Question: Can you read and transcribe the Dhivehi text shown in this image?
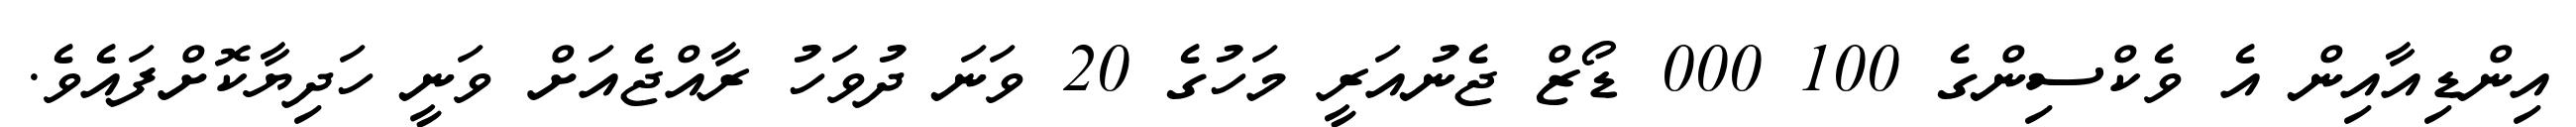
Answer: އިންޑިއާއިން އެ ވެކްސިންގެ 100 000 ޑޯޒް ޖެނުއަރީ މަހުގެ 20 ވަނަ ދުވަހު ރާއްޖެއަށް ވަނީ ހަދިޔާކޮށްފައެވެ.